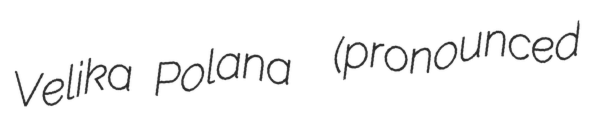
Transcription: Velika Polana  (pronounced